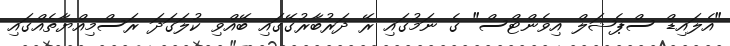
"އެލައިޑް ސްޕެޝަލް އިވެންޓްސް" ގެ ނަމުގައި ރޭ ދަރުބާރުގޭގައި ބޭއްވި ކުލަގަދަ ރަސްމިއްޔާތެއްގައި